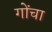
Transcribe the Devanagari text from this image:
गोंचा